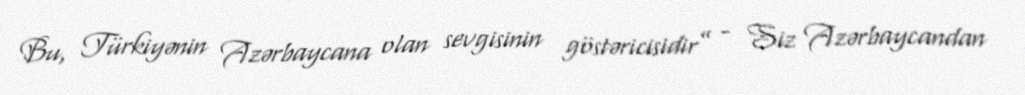
Bu, Türkiyənin Azərbaycana olan sevgisinin göstəricisidir” - Siz Azərbaycandan